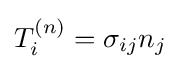
T_{i}^{(n)}=\sigma _{ij}n_{j}